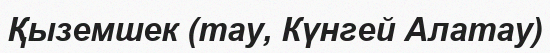
Қыземшек (тау, Күнгей Алатау)